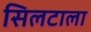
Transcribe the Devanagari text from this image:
सिलटाला